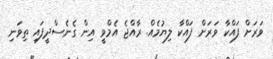
ވަރަށް ފައްކާ ވަރަށް ފައްކާ ލިޔުމެއް. ރާއްޖެ އެމްވީ އިން ގެނެސްދީފައި ތިވަނި